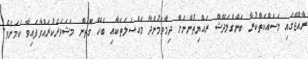
ރާއްޖޭގައި މަސައްކަތްކުރާ ބަންގްލަދޭޝް ރައްޔިތުންނަށް ދިމާވަމުންދާ މައްސަލަތަކާއި ބެހޭ ގޮތުން މަޝަވަރަކުރައްވާފައިވާ ކަމަށެވެ.